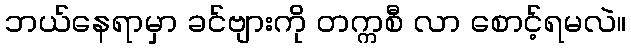
ဘယ်နေရာမှာ ခင်ဗျားကို တက္ကစီ လာ စောင့်ရမလဲ။